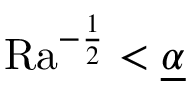
\mathrm { { R a } } ^ { - \frac { 1 } { 2 } } < \underline { { \alpha } }